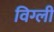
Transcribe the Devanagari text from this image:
विग्ली